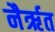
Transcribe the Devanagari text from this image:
नैर्ऋत